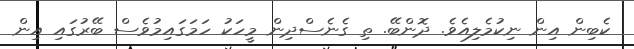
ކެބިން އިން ނިކުމެލިއެވެ. ދޮންބޭ. ތި ގެނެސްދިން މީހަކު ހަމަގައިމުވެސް ބޭރުގައި އިން